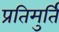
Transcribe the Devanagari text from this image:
प्रतिमुर्ति